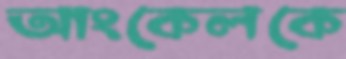
আংকেলকে